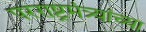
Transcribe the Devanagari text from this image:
परराष्ट्रमंत्र्यांच्या